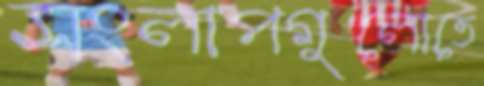
সংলাপগুলোতে